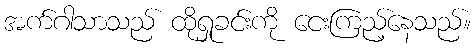
အက်ဂါသာသည် ထိုရှုခင်းကို ငေးကြည့်နေသည်။